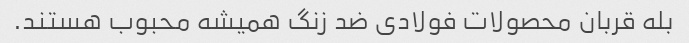
بله قربان محصولات فولادی ضد زنگ همیشه محبوب هستند.